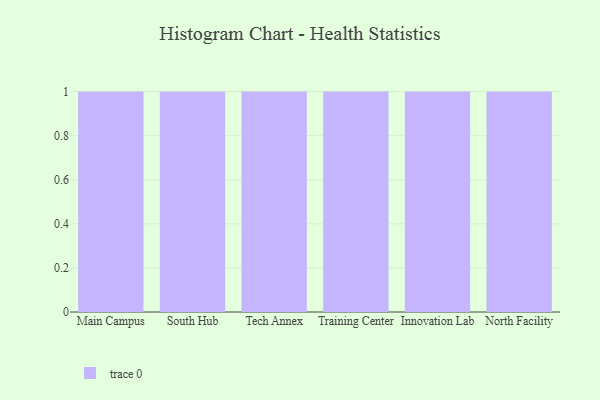
{"axis": {"x": "Campus", "y": "Page Views"}, "legend": [""], "data": [{"x": "Main Campus", "y": 10, "type": ""}, {"x": "South Hub", "y": 6, "type": ""}, {"x": "Tech Annex", "y": 82, "type": ""}, {"x": "Training Center", "y": 78, "type": ""}, {"x": "Innovation Lab", "y": 24, "type": ""}, {"x": "North Facility", "y": 19, "type": ""}]}